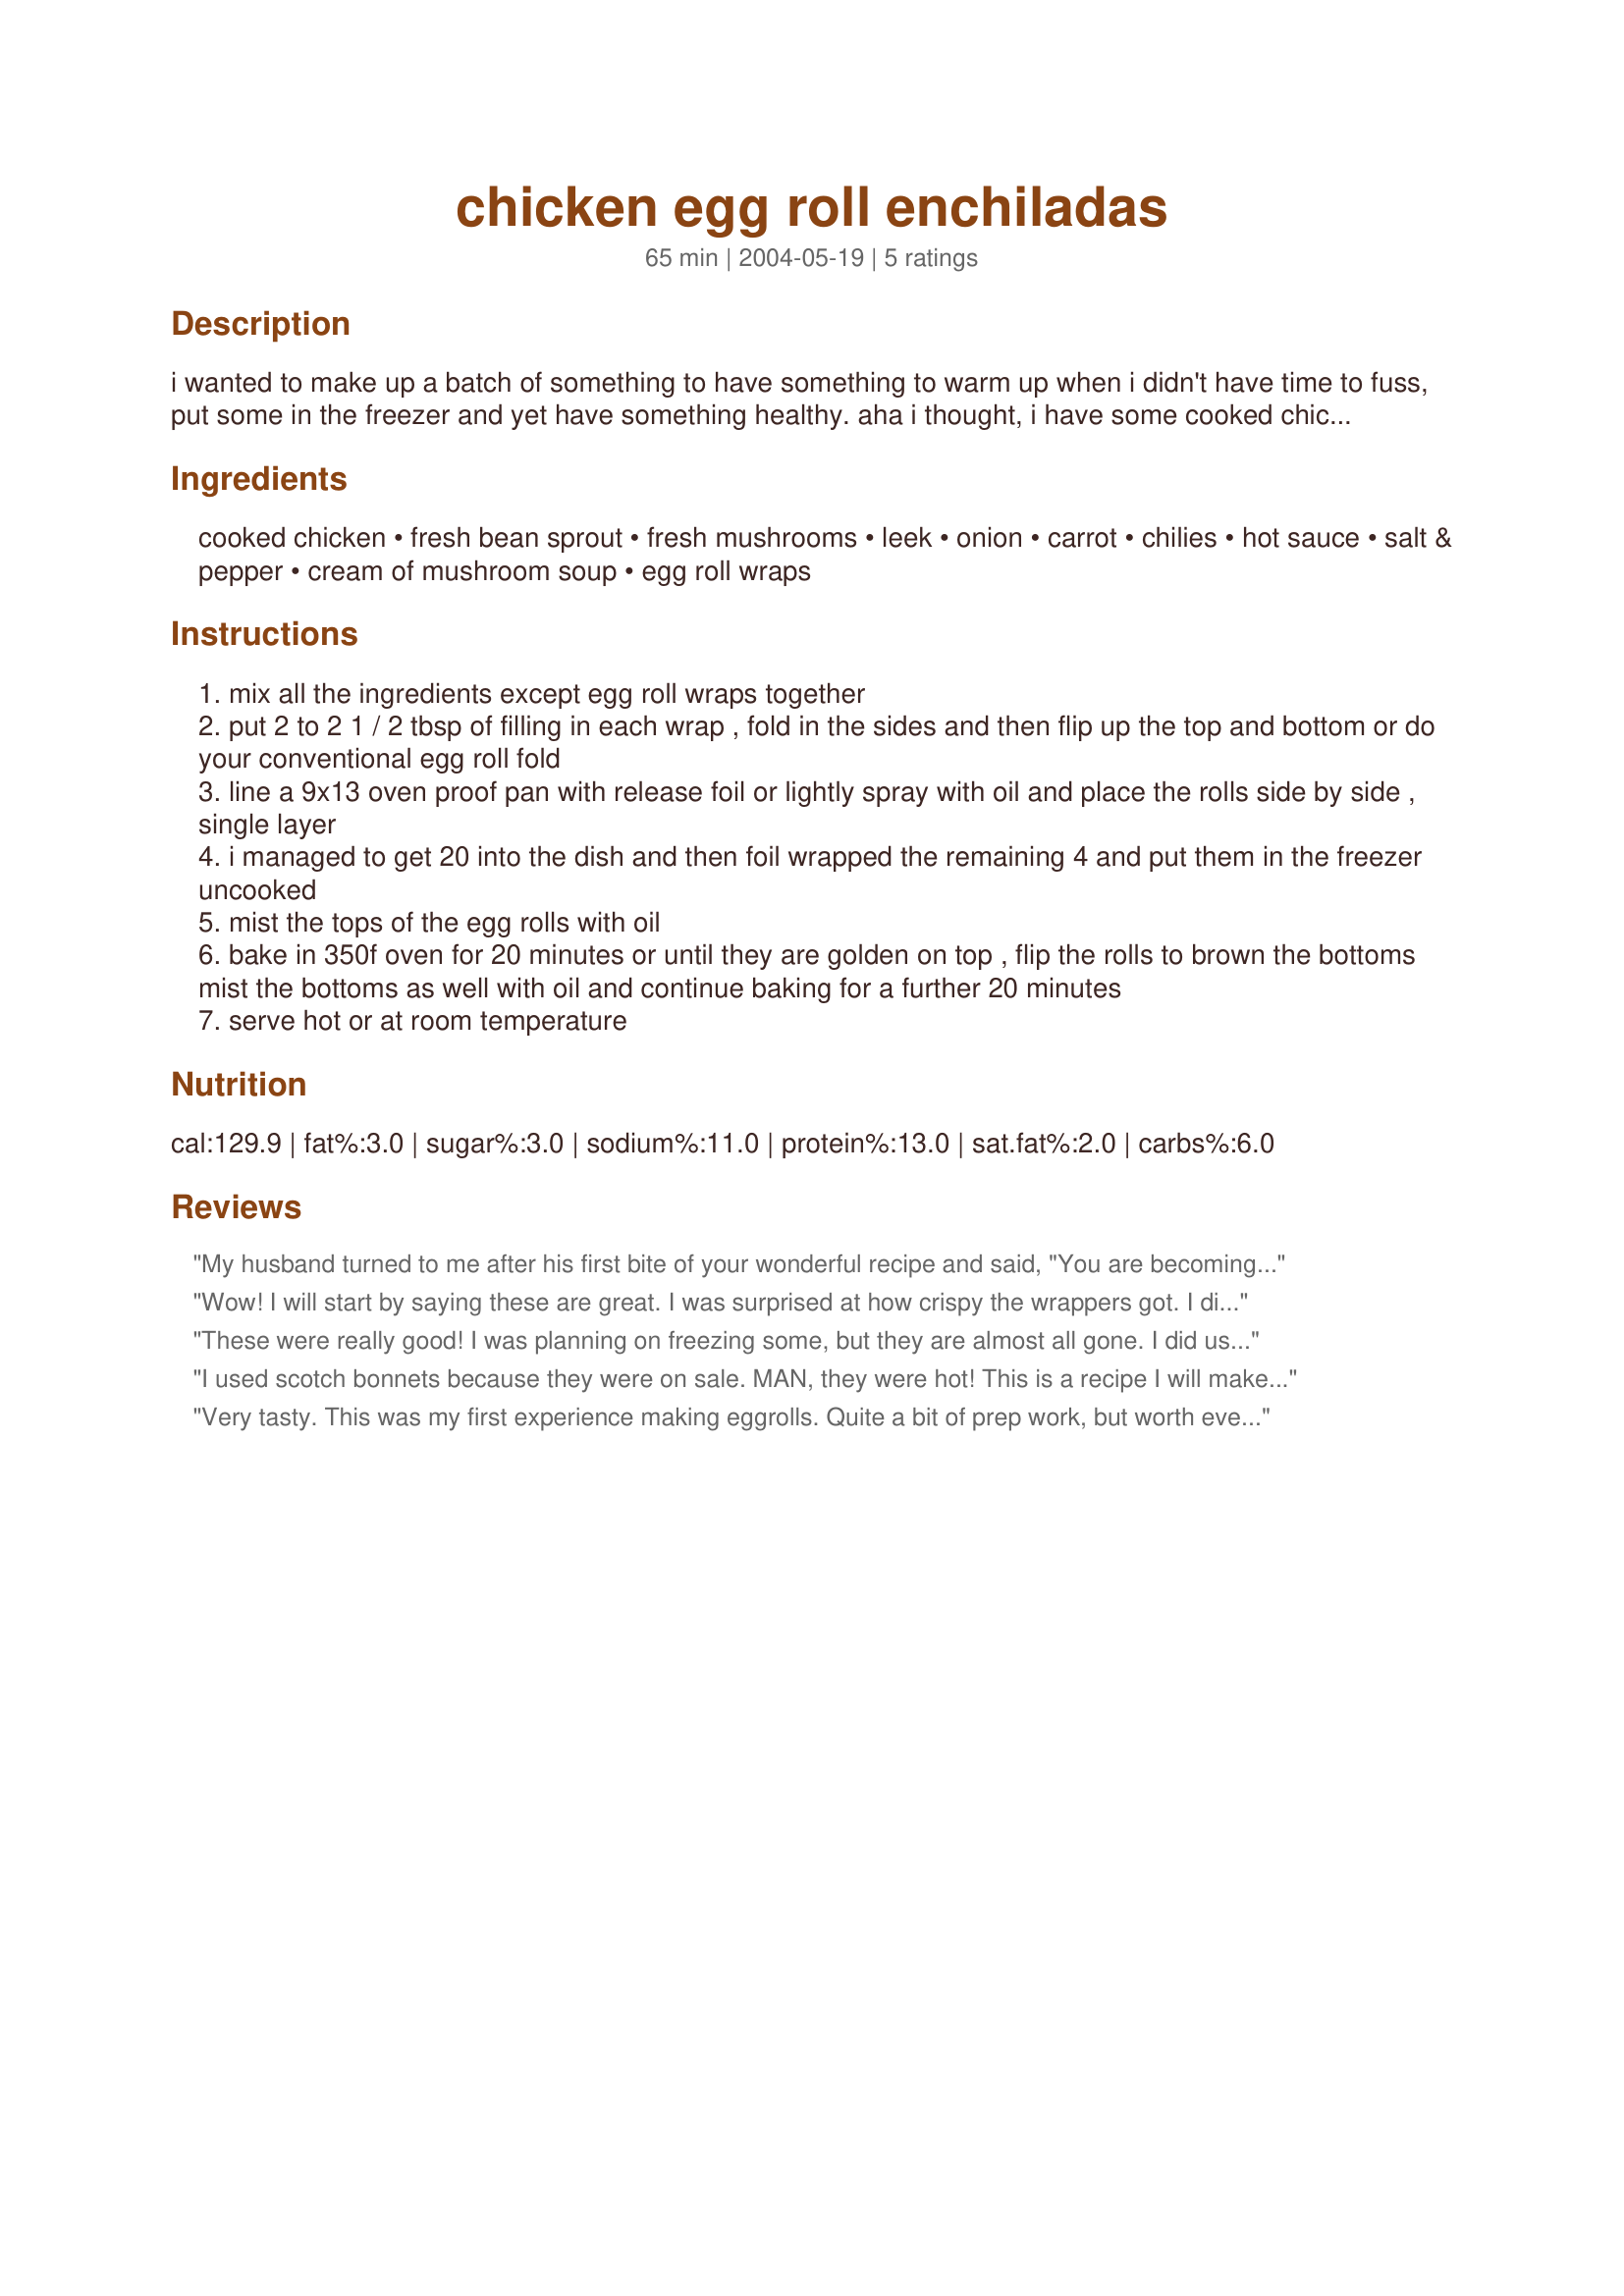
chicken egg roll enchiladas
Preparation time: 65 minutes

i wanted to make up a batch of something to have something to warm up when i didn't have time to fuss, put some in the freezer and yet have something healthy. aha i thought, i have some cooked chicken and some egg roll wraps so i came up with this recipe. you can serve them plain, with some szechuan sauce or even salsa - it's up to you. i loved them plain. they will make great appetizers too. hope you enjoy them! i said optional to the chillies and hot sauce, but for me the recipe would be bland without, so use as much or as little as you like. substitute the chicken with seafood roast or whatever leftovers you have.
to freeze: prepare rolls as directed through step 2. place on a baking sheet, leaving a little space between the rolls. place in freezer and freeze until firm. transfer to a large freezer bag. seal, label and freeze.

to serve: bake rolls from frozen as directed in directions.

Ingredients:
cooked chicken, fresh bean sprout, fresh mushrooms, leek, onion, carrot, chilies, hot sauce, salt & pepper, cream of mushroom soup, egg roll wraps

Steps:
mix all the ingredients except egg roll wraps together
put 2 to 2 1 / 2 tbsp of filling in each wrap , fold in the sides and then flip up the top and bottom or do your conventional egg roll fold
line a 9x13 oven proof pan with release foil or lightly spray with oil and place the rolls side by side , single layer
i managed to get 20 into the dish and then foil wrapped the remaining 4 and put them in the freezer uncooked
mist the tops of the egg rolls with oil
bake in 350f oven for 20 minutes or until they are golden on top , flip the rolls to brown the bottoms mist the bottoms as well with oil and continue baking for a further 20 minutes
serve hot or at room temperature

Reviews:
My husband turned to me after his first bite of your wonderful recipe and said, "You are becoming one heck of a cook!" Well, of course, I beamed. :) He then told me I should definitely write a review. Thank you, Bergy! We loved your chicken egg roll enchiladas!
Wow! I will start by saying these are great. I was surprised at how crispy the wrappers got. I did make some changes however because I wanted to make them vegetarian, not because of any issue I had with the recipes. I left our the chicken and switched the cream of chicken soup to cream of mushroom. The bean sprouts at the store did not look very good so I used a bag of broccoli slaw and a bag of cole slaw instead. The store did not have leeks so I added four small celery stalks. I sauted all of the veggies along with 2 heaping tsp. of garlic in a non-stick skillet with a little cooking spray and sesame oil. When the moisture was gone I added in the soup and about 2 T or so of hot chili sauce. I ended up with a total of 40 egg rolls. I baked a few right away to see how they taste. They are great and we love them. The rest are in the freezer to cook for Asian dinner nights. The egg rolls end up being 1 WW pt a piece both as written and as I modified. Either way a point well spent. I took few of these out of the freezer for lunch today and they did beautifully. I didn't allow them to thaw, but baked at 350 for 25 minutes on each side. I would however check the second side at 20 minutes as mine were slightly over cooked.
To freeze I placed on a cookie sheet in the freezer until solid. I then moved to a ziplock bag. I would recommend leaving a little space between the rolls when freezing as some of mine stuck together.
These were really good! I was planning on freezing some, but they are almost all gone. I did use the chillies and the hot sauce, but instead of using the can of soup, I substituted it with Recipe #57287. Thank you for the recipe.
I used scotch bonnets because they were on sale. MAN, they were hot! This is a recipe I will make again and again.
Very tasty. This was my first experience making eggrolls. Quite a bit of prep work, but worth every bit. I did add a tsp of Chinese 5 spice as I felt it was missing something. They did not get crispy however-even with 20 min on each side, some were, some weren't. Not sure if I did something wrong there. Would like them more consistant.Took them to a BBQ that nite,and served them with a spicy mustard sauce. They dissappeared--my boys have asked me to make them again. Will do defintely.thanks for sharing your recipe!
